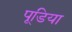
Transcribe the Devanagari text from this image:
पूडिया